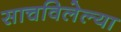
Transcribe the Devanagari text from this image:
साचविलेल्या